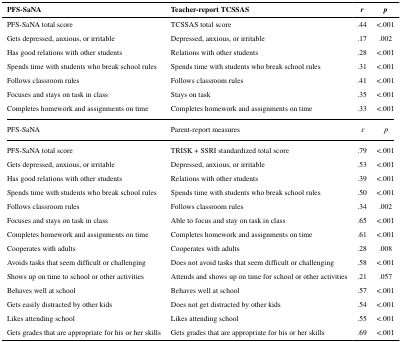
| PFS-SaNA | Teacher-report TCSSAS | r | p |
 | --- | --- | --- | --- |
 | PFS-SaNA total score | TCSSAS total score | .44 | <.001 |
 | Gets depressed, anxious, or irritable | Depressed, anxious, or irritable | .17 | .002 |
 | Has good relations with other students | Relations with other students | .28 | <.001 |
 | Spends time with students who break school rules | Spends time with students who break school rules | .31 | <.001 |
 | Follows classroom rules | Follows classroom rules | .41 | <.001 |
 | Focuses and stays on task in class | Stays on task | .35 | <.001 |
 | Completes homework and assignments on time | Completes homework and assignments on time | .33 | <.001 |
 | PFS-SaNA | Parent-report measures | r | p |
 | PFS-SaNA total score | TRISK + SSRI standardized total score | .79 | <.001 |
 | Gets depressed, anxious, or irritable | Depressed, anxious, or irritable | .53 | <.001 |
 | Has good relations with other students | Relations with other students | .39 | <.001 |
 | Spends time with students who break school rules | Spends time with students who break school rules | .50 | <.001 |
 | Follows classroom rules | Follows classroom rules | .34 | .002 |
 | Focuses and stays on task in class | Able to focus and stay on task in class | .65 | <.001 |
 | Completes homework and assignments on time | Completes homework and assignments on time | .61 | <.001 |
 | Cooperates with adults | Cooperates with adults | .28 | .008 |
 | Avoids tasks that seem difficult or challenging | Does not avoid tasks that seem difficult or challenging | .58 | <.001 |
 | Shows up on time to school or other activities | Attends and shows up on time for school or other activities | .21 | .057 |
 | Behaves well at school | Behaves well at school | .57 | <.001 |
 | Gets easily distracted by other kids | Does not get distracted by other kids | .54 | <.001 |
 | Likes attending school | Likes attending school | .55 | <.001 |
 | Gets grades that are appropriate for his or her skills | Gets grades that are appropriate for his or her skills | .69 | <.001 |